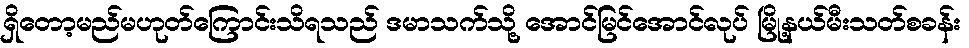
ရှိတော့မည်မဟုတ်ကြောင်းသိရသည် ဒမာသက်သို့ အောင်မြင်အောင်လုပ် မြို့နယ်မီးသတ်စခန်း